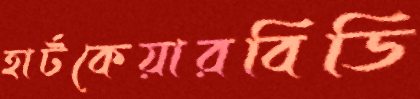
হার্টকেয়ারবিডি